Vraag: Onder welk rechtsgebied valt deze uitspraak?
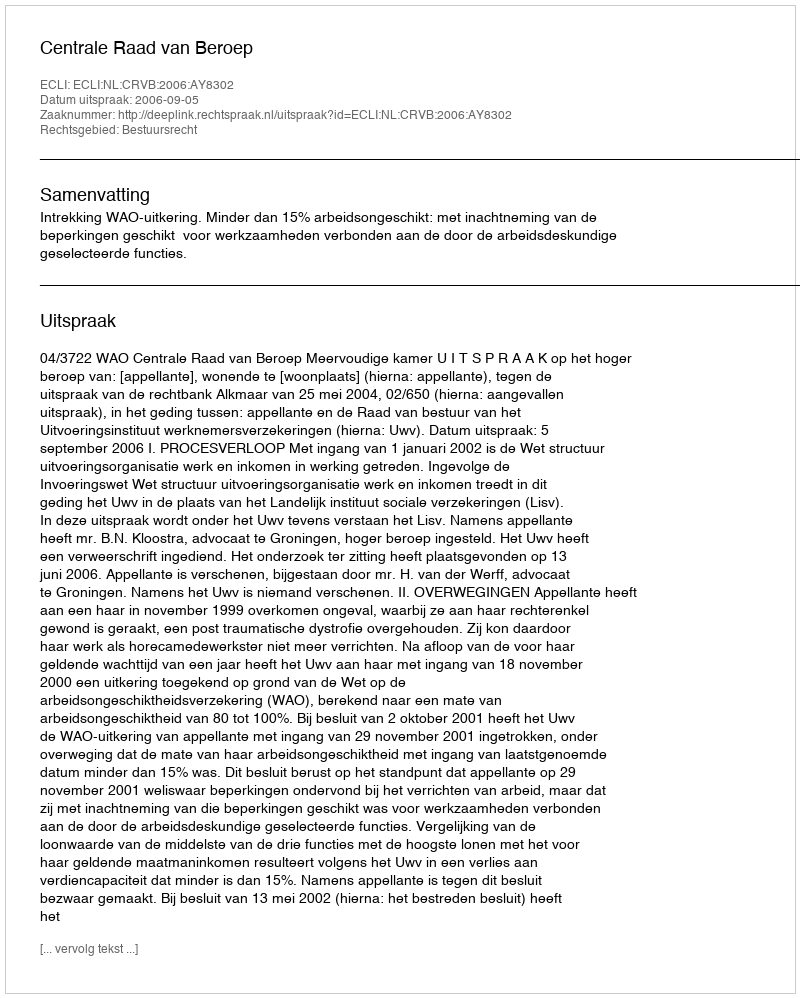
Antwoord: Bestuursrecht